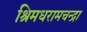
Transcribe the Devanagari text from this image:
श्रिमधरामचन्द्रा